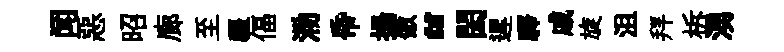
闻惡昭廊至疆偪泐帋揚傲“閎遲驛戚旋沮拜柝湧